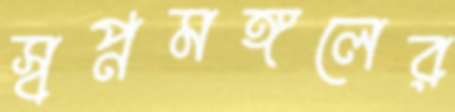
স্বপ্নমঙ্গলের